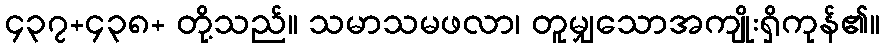
၄၃၇+၄၃၈+ တို့သည်။ သမာသမဖလာ၊ တူမျှသောအကျိုးရှိကုန်၏။